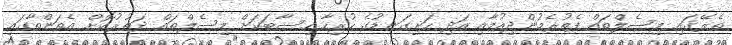
ތެރޭގައި މިސެލްތައް ފެތުރެމުންދިއުމާއި އަދި ހަށިގަނޑުގެ ހުރިހާ ހިސާބަކަށް މިސެލްތައް ދަތުރުކޮށް އެތަންތާގައި